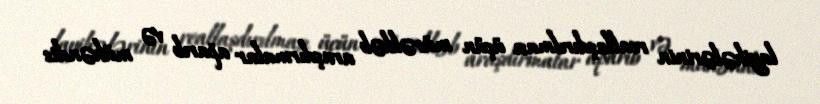
layihələrinin reallaşdırılması üçün mürəkkəb araşdırmalar aparıb və mühəndis